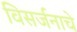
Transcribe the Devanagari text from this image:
विसर्जनाचे